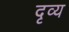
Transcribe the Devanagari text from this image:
दृव्य